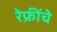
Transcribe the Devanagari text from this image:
रेफ्रींचे